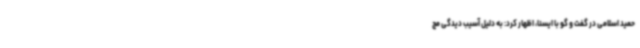
حمید اسلامی در گفت و گو با ایسنا، اظهار کرد: به دلیل آسیب دیدگی مچ